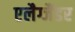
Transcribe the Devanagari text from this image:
एलैग्जैंडर